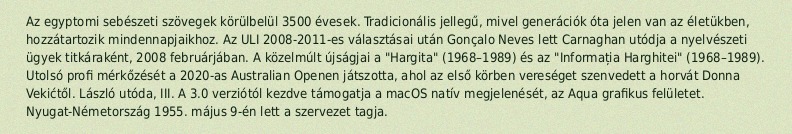
Az egyptomi sebészeti szövegek körülbelül 3500 évesek. Tradicionális jellegű, mivel generációk óta jelen van az életükben, hozzátartozik mindennapjaikhoz. Az ULI 2008-2011-es választásai után Gonçalo Neves lett Carnaghan utódja a nyelvészeti ügyek titkáraként, 2008 februárjában. A közelmúlt újságjai a "Hargita" (1968–1989) és az "Informația Harghitei" (1968–1989). Utolsó profi mérkőzését a 2020-as Australian Openen játszotta, ahol az első körben vereséget szenvedett a horvát Donna Vekićtől. László utóda, III. A 3.0 verziótól kezdve támogatja a macOS natív megjelenését, az Aqua grafikus felületet. Nyugat-Németország 1955. május 9-én lett a szervezet tagja.